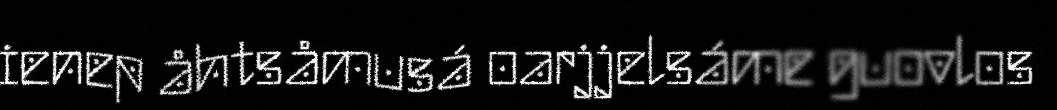
ienep åhtsåmusá oarjjelsáme guovlos